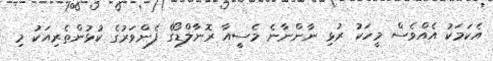
އެކަމަކު އެއްވެސް މީހަކު ރުޅި ނާންނާނެ މެސީއާ ރޮނާލްޑޯގެ ފެންވަރުގެ ކުޅުންތެރިއަކު މި